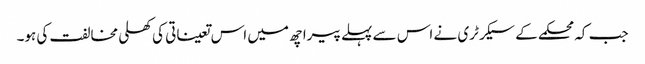
جب کہ محکمے کے سیکرٹری نے اس سے پہلے پیرا چھ میں اس تعیناتی کی کھلی مخالفت کی ہو۔